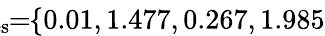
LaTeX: \! \! \! \! \! \! \! \overline{{\lambda}}_{\mathrm{{res}}}\! \! =\! \! \{ 0.01,1.477,0.267,1.985\} \! \! \!